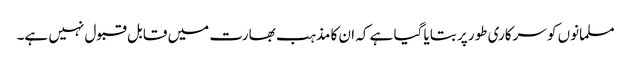
مسلمانوں کو سرکاری طور پر بتایا گیا ہے کہ ان کا مذہب بھارت میں قابل قبول نہیں ہے۔